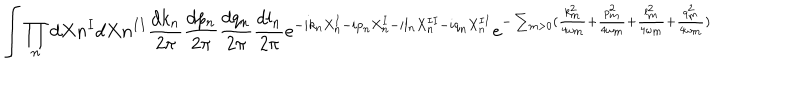
LaTeX: \int \prod _ { n } d X { n } ^ { I } d X { n } ^ { I I } \frac { d k _ { n } } { 2 \pi } \frac { d p _ { n } } { 2 \pi } \frac { d q _ { n } } { 2 \pi } \frac { d l _ { n } } { 2 \pi } e ^ { - i k _ { n } X _ { n } ^ { I } - i p _ { n } X _ { n } ^ { I } - i l _ { n } X _ { n } ^ { I I } - i q _ { n } X _ { n } ^ { I I } } e ^ { - \sum _ { m > 0 } ( \frac { k _ { m } ^ { 2 } } { 4 \omega _ { m } } + \frac { p _ { m } ^ { 2 } } { 4 \omega _ { m } } + \frac { l _ { m } ^ { 2 } } { 4 \omega _ { m } } + \frac { q _ { m } ^ { 2 } } { 4 \omega _ { m } } ) }